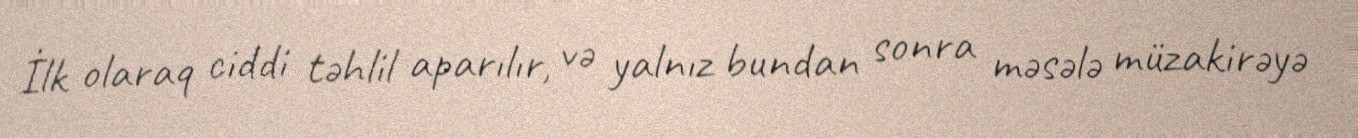
İlk olaraq ciddi təhlil aparılır, və yalnız bundan sonra məsələ müzakirəyə